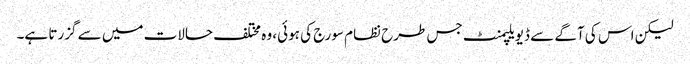
لیکن اس کی آگے سے ڈیویلپمنٹ جس طرح نظام سورج کی ہوئی، وہ مختلف حالات میں سے گزرتا ہے۔